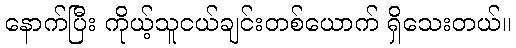
နောက်ပြီး ကိုယ့်သူငယ်ချင်းတစ်ယောက် ရှိသေးတယ်။